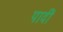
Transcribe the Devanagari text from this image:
पादीं